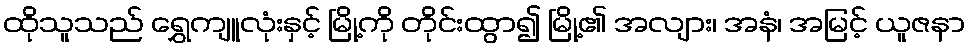
ထိုသူသည် ရွှေကျူလုံးနှင့် မြို့ကို တိုင်းထွာ၍ မြို့၏ အလျား၊ အနံ၊ အမြင့် ယူဇနာ